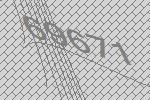
69671